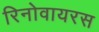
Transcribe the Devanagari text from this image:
रिनोवायरस